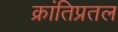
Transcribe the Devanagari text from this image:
क्रांतिप्रतल